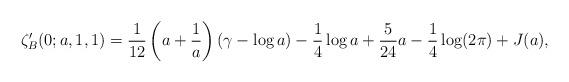
LaTeX: \begin{align*}\zeta'_B(0;a,1,1)=\frac 1 {12}\left(a+\frac 1 a \right)(\gamma-\log a)-\frac 1 4\log a+\frac 5 {24} a-\frac 1 4 \log(2\pi)+J(a),\end{align*}